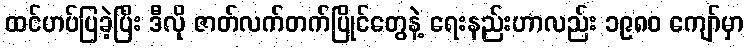
ထင်ဟပ်ပြခဲ့ပြီး ဒီလို ဇာတ်လက်တက်ပြိုင်တွေနဲ့ ရေးနည်းဟာလည်း ၁၉၈၀ ကျော်မှာ